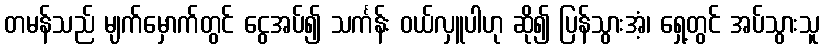
တမန်သည် မျက်မှောက်တွင် ငွေအပ်၍ သင်္ကန်း ဝယ်လှူပါဟု ဆို၍ ပြန်သွားအံ့၊ ရှေ့တွင် အပ်သွားသူ